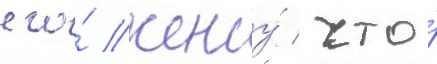
его́ жену́ / что́